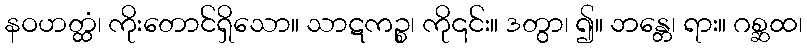
နဝဟတ္ထံ၊ ကိုးတောင်ရှိသော။ သာဋကဉ္စ၊ ကို၎င်း။ ဒတွာ၊ ၍။ ဘန္တေ၊ ရား။ ဂစ္ဆထ၊